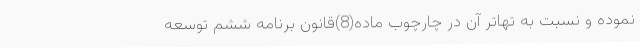
نموده و نسبت به تهاتر آن در چارچوب ماده(8)قانون برنامه ششم توسعه